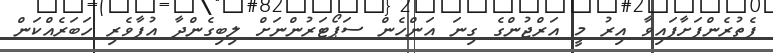
ފެތުރެންފަށާފައިވާ އިރު މީ އަރްޖުންގެ ގިނަ އަންހެން ސަޕޯޓަރުންނަށް ލިބިގެންދާ އުފާވެރި ހަބަރެއްކަން